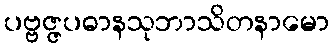
ပဗ္ဗဇ္ဇပဓာနသုဘာသိတနာမော